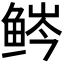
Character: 𬶒